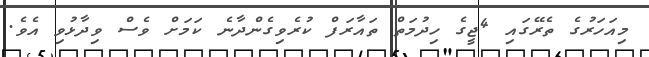
މިއަހަރުގެ ތެރޭގައި 4ޖީގެ ހިދުމަތް ތައާރަފް ކުރެވިގެންދާނެ ކަމަށް ވެސް ވިދާޅުވި އެވެ.